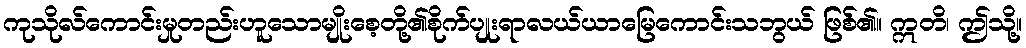
ကုသိုလ်ကောင်းမှုတည်းဟူသောမျိုးစေ့တို့၏စိုက်ပျုးရာလယ်ယာမြေကောင်းသဘွယ် ဖြစ်၏။ ဣတိ၊ ဤသို့။